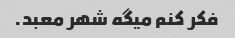
فکر کنم میگه شهر معبد.